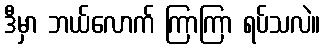
ဒီမှာ ဘယ်လောက် ကြာကြာ ရပ်သလဲ။